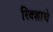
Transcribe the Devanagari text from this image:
रिक्शाचे